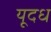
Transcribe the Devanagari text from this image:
यूदध